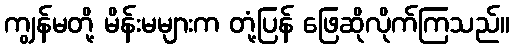
ကျွန်မတို့ မိန်းမများက တုံ့ပြန် ဖြေဆိုလိုက်ကြသည်။